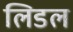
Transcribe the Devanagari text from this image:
लिडल